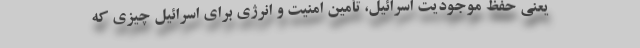
یعنی حفظ موجودیت اسرائیل، تأمین امنیت و انرژی برای اسرائیل چیزی که